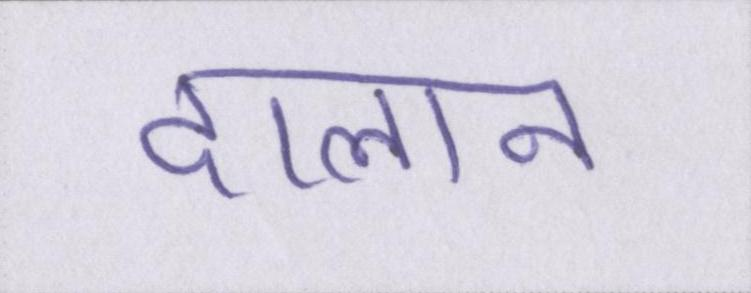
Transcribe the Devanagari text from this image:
दालान